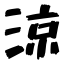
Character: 涼